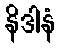
နိဒါနံ